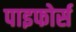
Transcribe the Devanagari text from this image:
पाइफोर्स